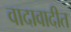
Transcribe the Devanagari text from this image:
वादावादीत